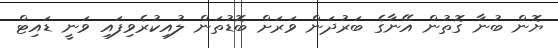
ޔޮން ބުނާ ގޮތުން އޭނާގެ ބަރުދަން ވަރަށް ބޮޑުތަން ލުއިކުރެވިފައި ވަނީ ޑައިޓް